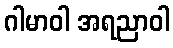
ဂါမာဝါ အရညာဝါ